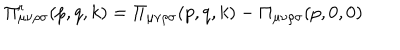
\Pi _ { \mu \nu \rho \sigma } ^ { r } ( p , q , k ) = \Pi _ { \mu \nu \rho \sigma } ( p , q , k ) - \Pi _ { \mu \nu \rho \sigma } ( p , 0 , 0 )